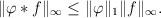
LaTeX: \begin{align*}\Vert \varphi *f\Vert _{\infty }\leq \Vert \varphi \Vert _{1}\Vert f\Vert_{\infty }. \end{align*}